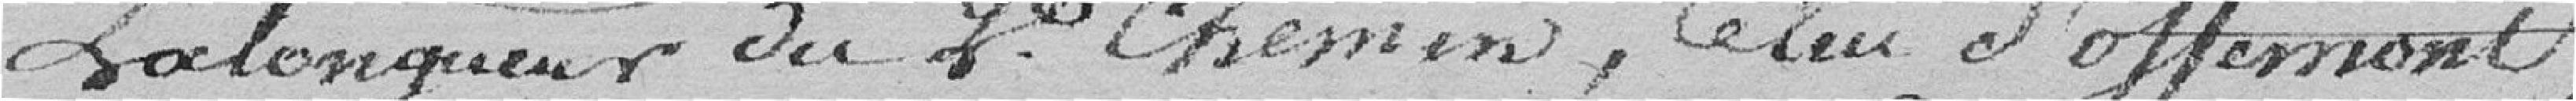
La longueur du 2e. chemin, celui d'Offemont